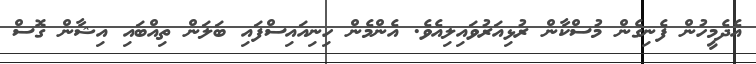
އެދެމީހުން ފެނިގެން މުސްކާން ރުޅިއަރުވައިލިއެވެ. އެންމެން ހިނިއައިސްފައި ބަލަން ތިއްބައި އިޝާން ގޮސް